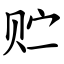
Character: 贮